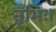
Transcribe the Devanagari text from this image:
नृभिः।